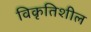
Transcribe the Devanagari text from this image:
विकृतिशील